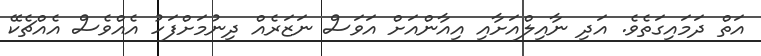
އަތް ދަމައިގަތެވެ. އަދި ނާއިލްއަށާއި އިއާންއަށް އަވަސް ނަޒަރެއް ދިނުމަށްފަހު އެއްވެސް އެއްޗެކޭ